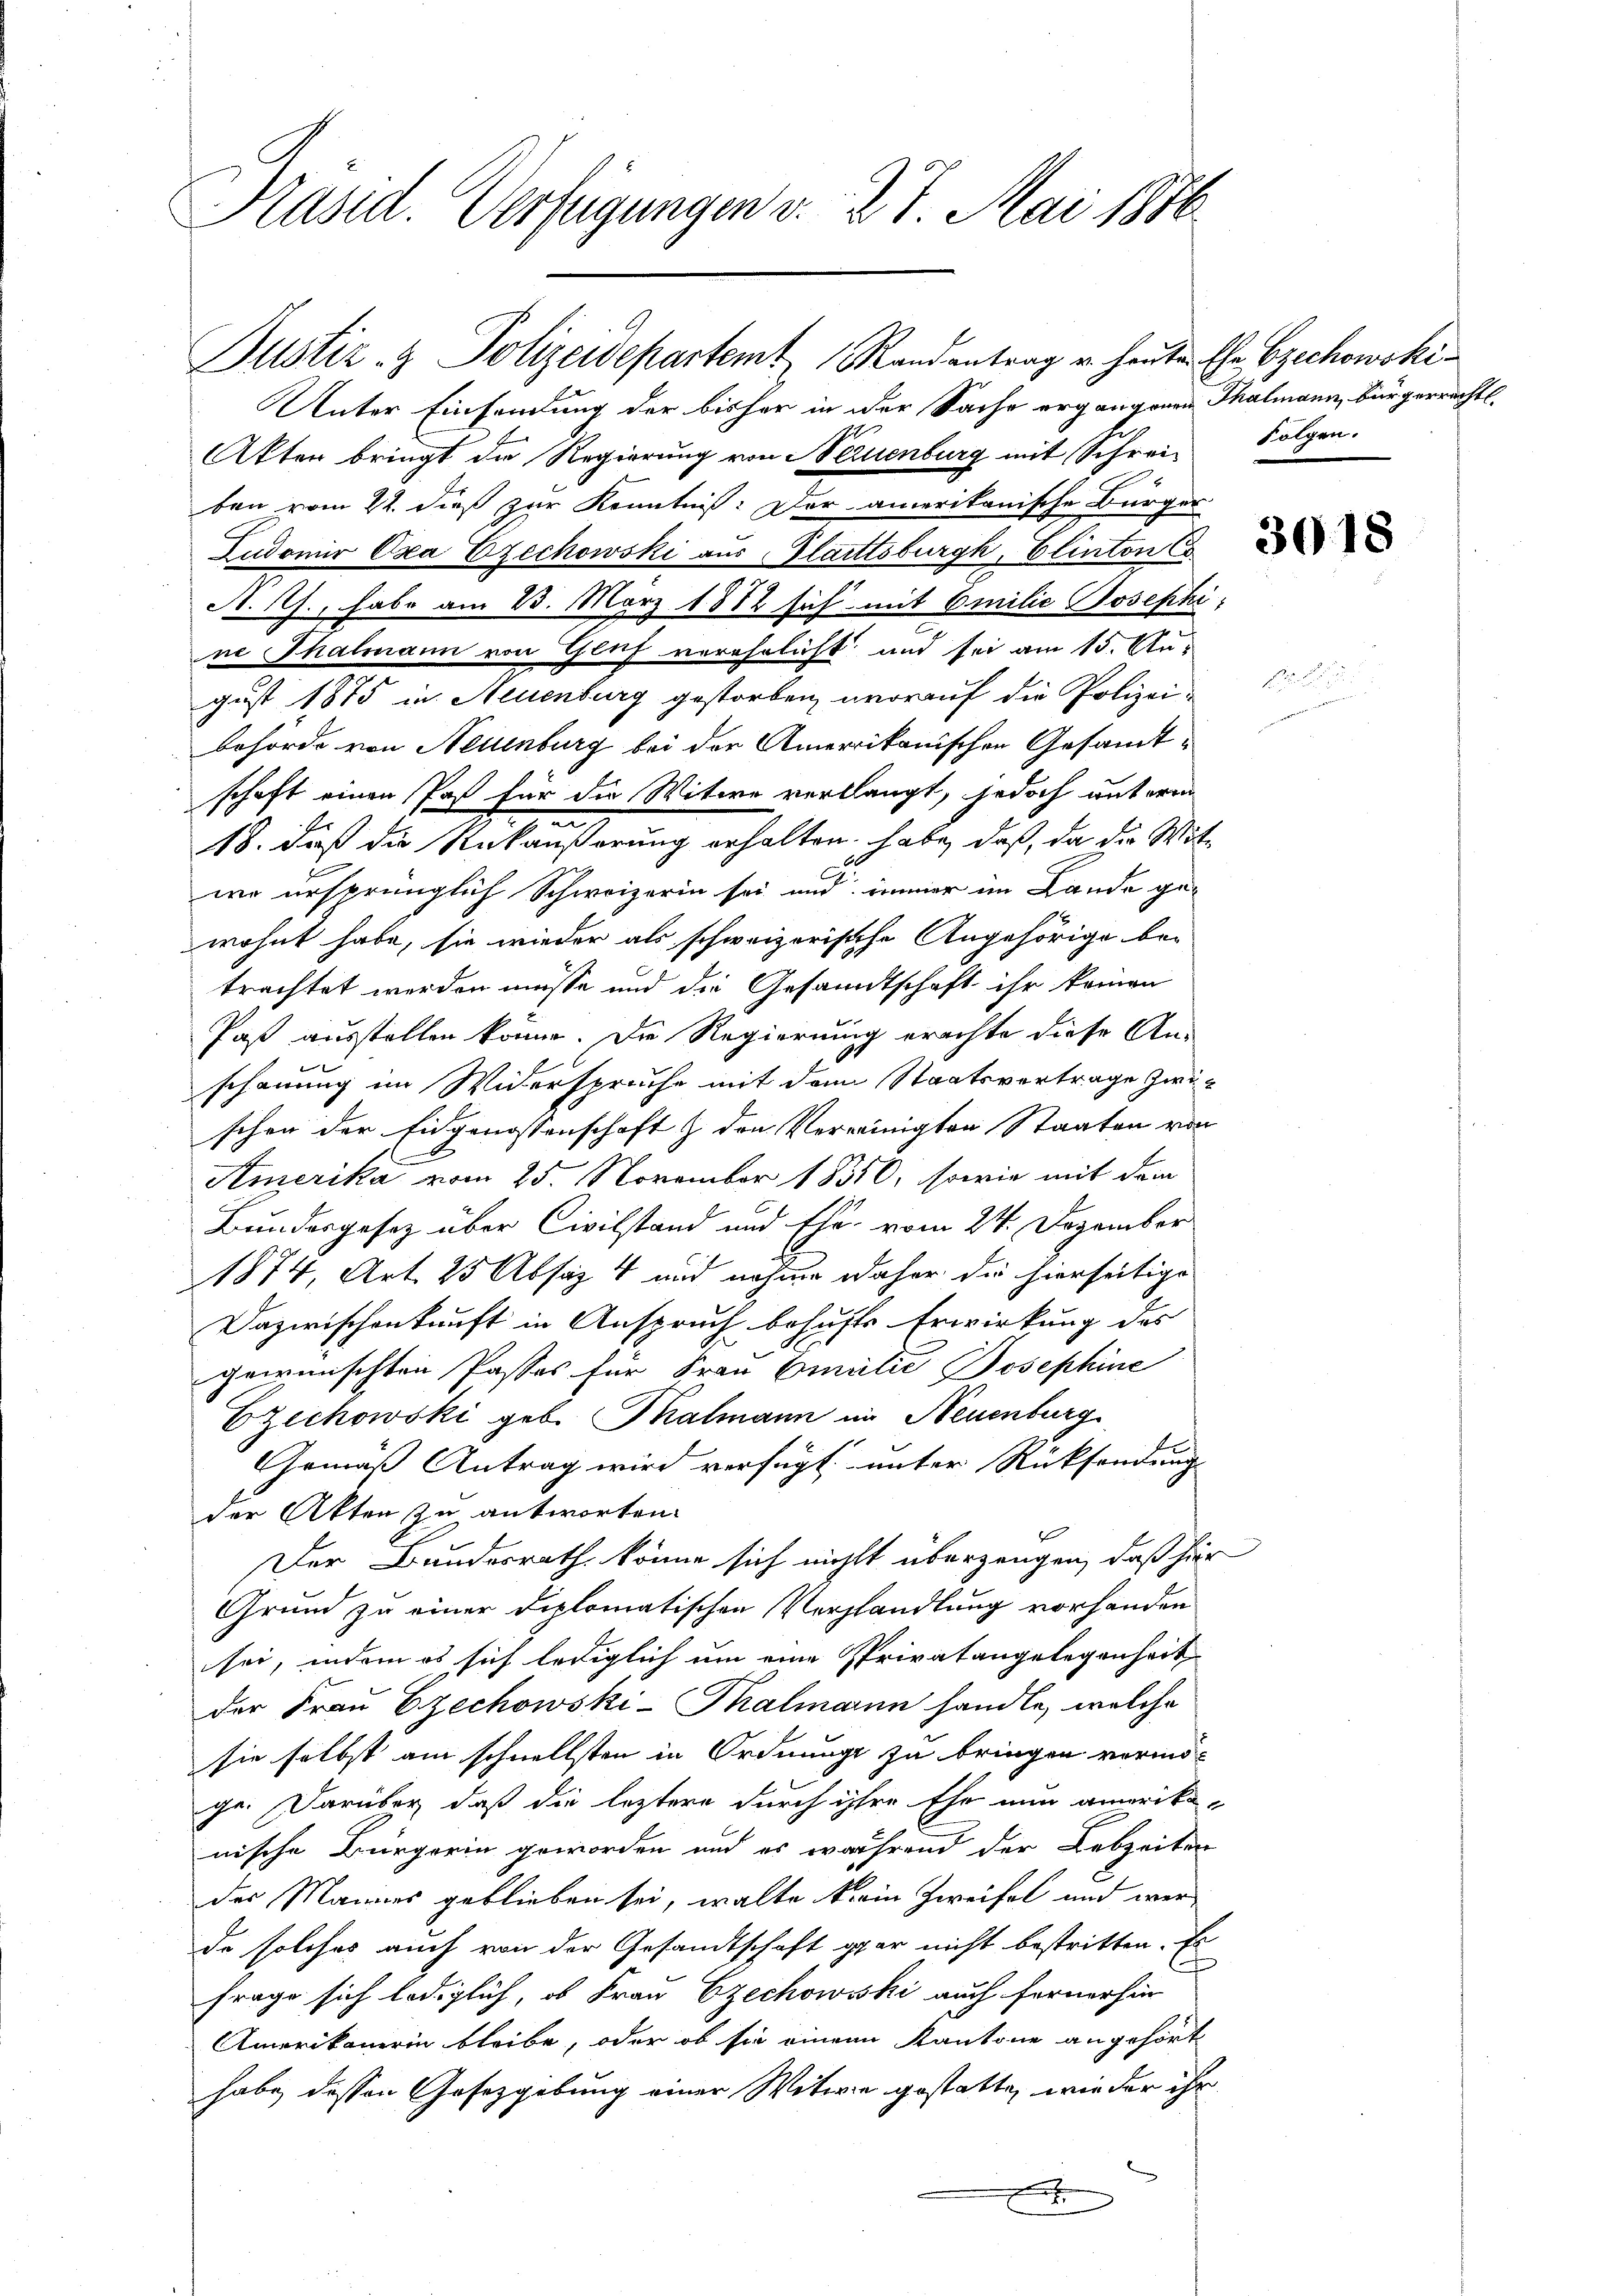
Präsid. Verfügungen v. 27. Mai 1876

Justiz- & Polizeidepartemt Randantrag u. heuten Ehe zechowski
Unter Einsendung der bisher in der Sache ergangenen Thalmann, bürgerrechtl.
Akten bringt die Regierung von Neuenburg mit Schreiben vom 22. dieß zur Kenntniß: Der amerikanische Bürger
Ludomir Oxa Ezechowski aus, Glattsburgk, Elinton Co
A. T., habe am 23. März 1882 sich mit Emilie Josephi-
ne Thalmann von Gluf verehelicht und sei am 15. August 1875 in Neuenburg gestorben, worauf die Polizeibehörde von Neuenburg bei der Amerikanischen Gesamtschaft einen Past für die Witwe verllangt, jedoch unteren
.
18. daß die Ankäußerung erhalten, habe, daß, da der Wittwo ursprünglich Schweizerin sei und immer im Lande gewohnt habe, sie wieder als schweizerische Angehörige be-
trachtet werden müsse und die Gesandtschaft ihr keinen
Paß ausstellen könne. Die Regierung erachte diese An-
schauung im Widerspruche mit dem Staatsvertrage zwischen der Eidgenossenschaft & den Vereinigten Staaten von
Amerika vom 25. November 18310, sowie mit dem
Bundesgesetz über Civilstand und Ehe vom 24. Dezember
1874, Art. 25 Absaz 4 und nahme daher die hierseitige
Dazwischenkunft in Anspruch behufs Erwirkung des
gewünschten Passes für Frau Emilie Josephine
Ezechowski geb. Thalmann in Neuenburg
Gemäß Antrag wird verfügt, unter Rücksendung
der Akten zu antworten.
Der Bundesrath könne sich nicht überzeugen, daß hier
Grund zu einer diplomatischen Verhandlung vorhanden
sei, indem es sich lediglich um eine Privatangelegenheit
der Frau Ezechowski-Thalmann handle, welche
sie selbst am schnellsten in Ordnungs zu bringen vormö-
ge. Darüber daß die leztere durch ihre Ehe nun amerika-
nische Bürgerin geworden und es während der Lebzeiten
des Mannes geblieben sei, walte klein Zweifel und werde solches auch von der Gesandtschaft gar nicht bestritten. Es
frage sich lediglich, ob Frau Czechowski auch fernerhin
Amerikanerin bleibe, oder ob sie einem Kantone angehört
habe dessen Gesetzgebung einer Witwe gestatte, wieder ihr
E

Folgen.

3018